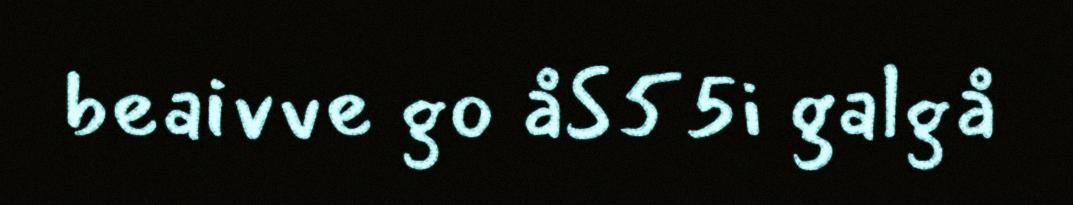
beaivve go åS55i galgå